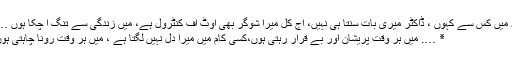
یہ میں کس سے کہوں ، ڈاکٹر میری بات سنتا ہی نہیں، آج کل میرا شوگر بھی آوٹ آف کنٹرول ہے، میں زندگی سے تنگ آ چکا ہوں ….
٭ …. میں ہر وقت پریشان اور بے قرار رہتی ہوں،کسی کام میں میرا دل نہیں لگتا ہے ، میں ہر وقت رونا چاہتی ہوں۔